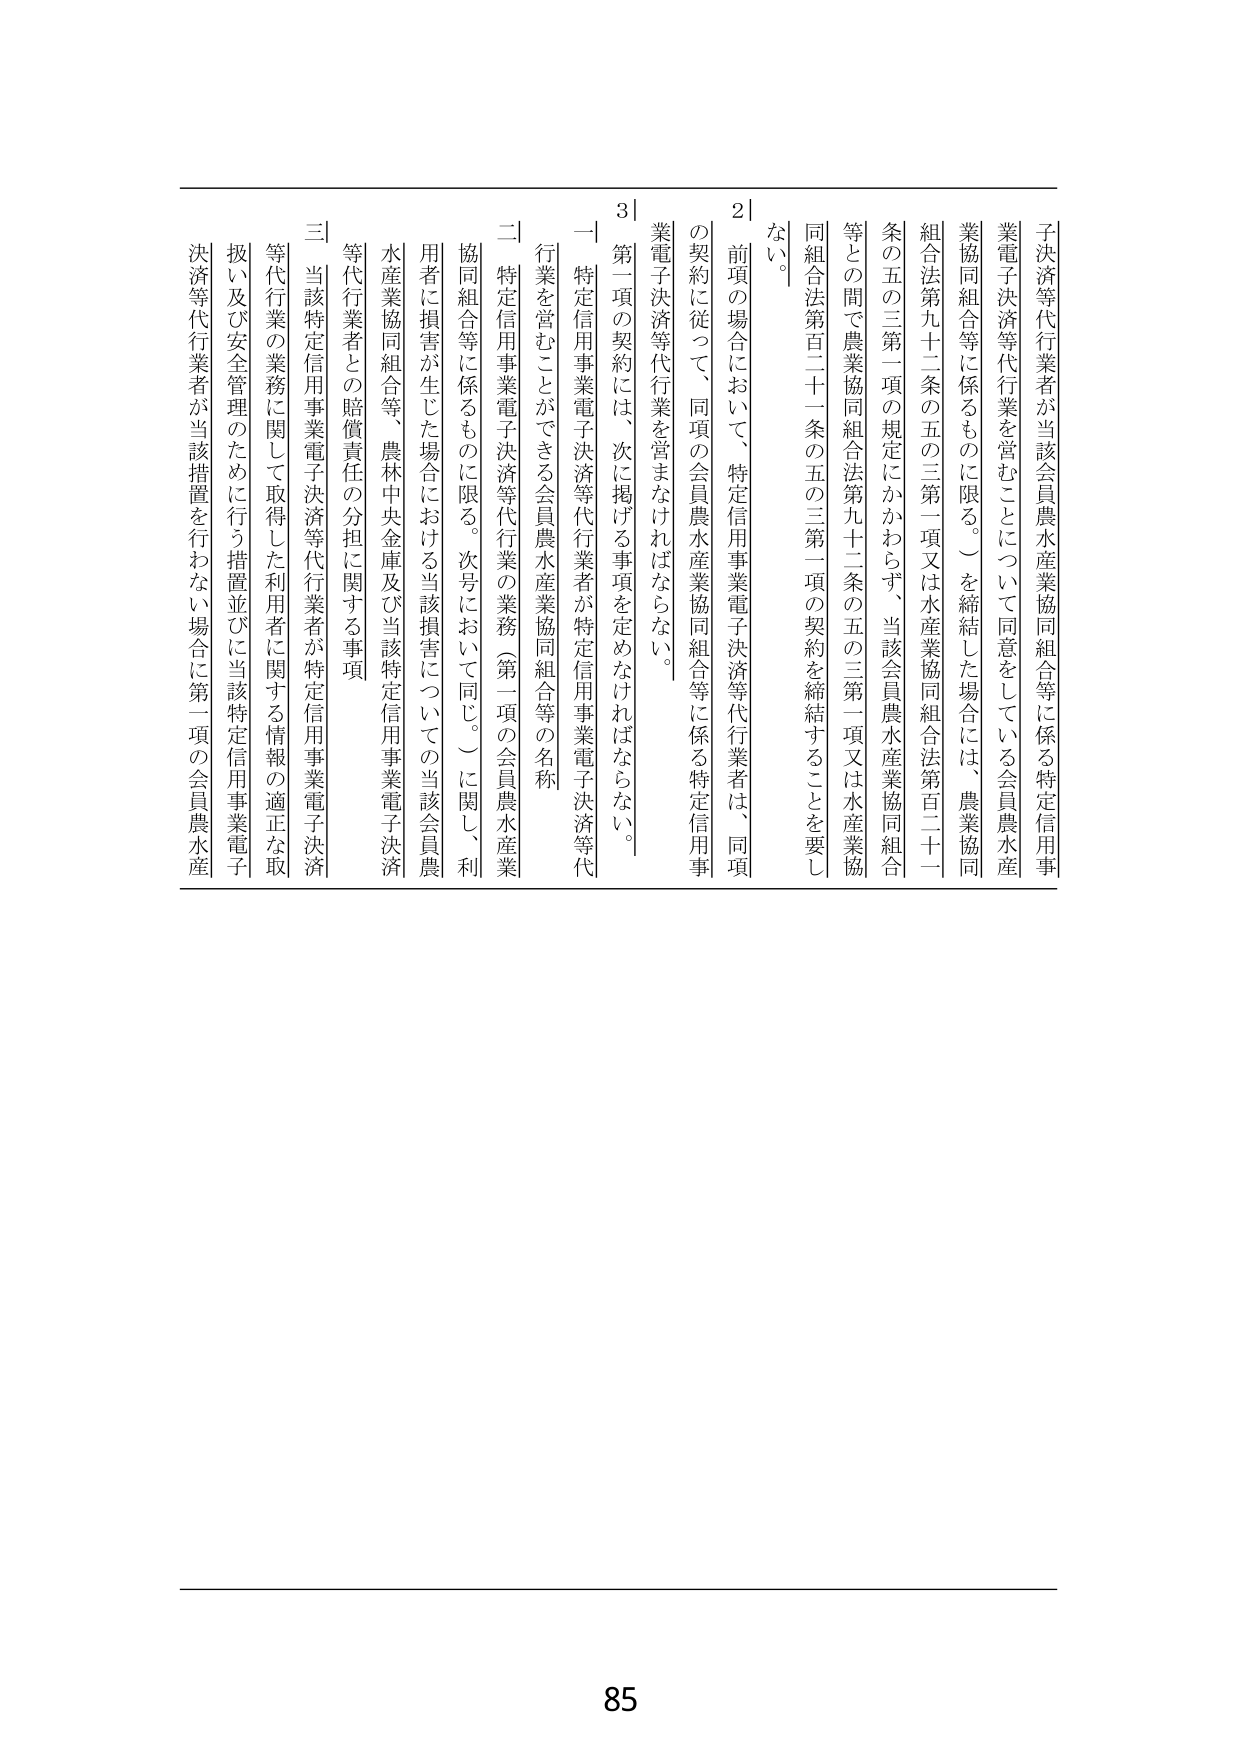
子決済等代行業者が当該会員農水産業協同組合等に係る特定信用事業電子決済等代行業を営むことについて同意をしている会員農水産業協同組合等に係るものに限る。）を締結した場合には、農業協同組合法第九十二条の五の三第一項又は水産業協同組合法第二十一条の五の三第一項の規定にかかわらず、当該会員農水産業協同組合等との間で農業協同組合法第九十二条の五の三第一項又は水産業協同組合法第二十一条の五の三第一項の契約を締結することを要しない。

２ 前項の場合において、特定信用事業電子決済等代行業者は、同項の契約に従って、同項の会員農水産業協同組合等に係る特定信用事業電子決済等代行業を営まなければならない。

３ 第一項の契約には、次に掲げる事項を定めなければならない。

一 特定信用事業電子決済等代行業者が特定信用事業電子決済等代行業を営むことができる会員農水産業協同組合等の名称

二 特定信用事業電子決済等代行業の業務（第一項の会員農水産業協同組合等に係るものに限る。次号において同じ。）に関し、利用者に損害が生じた場合における当該損害についての当該会員農水産業協同組合等、農林中央金庫及び当該特定信用事業電子決済等代行業者との賠償責任の分担に関する事項

三 当該特定信用事業電子決済等代行業者が特定信用事業電子決済等代行業の業務に関して取得した利用者に関する情報の適正な取扱い及び安全管理のために行う措置並びに当該特定信用事業電子決済等代行業者が当該措置を行わない場合に第一項の会員農水産

85